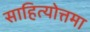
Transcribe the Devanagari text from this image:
साहित्योत्तमा